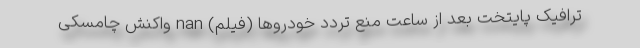
ترافیک پایتخت بعد از ساعت منع تردد خودروها (فیلم) nan واکنش چامسکی